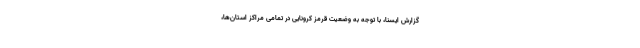
گزارش ایسنا، با توجه به وضعیت قرمز کرونایی در تمامی مراکز استان‌ها،